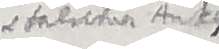
salrcter Ansu